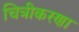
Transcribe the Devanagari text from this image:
चित्रीकरणा